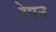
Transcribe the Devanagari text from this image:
रेषन